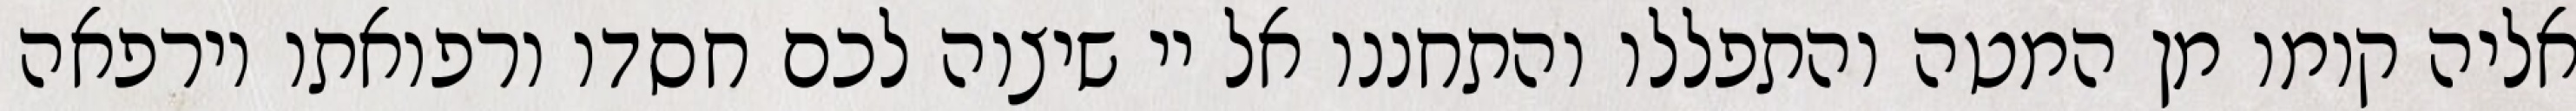
אליה קומו מן המטה והתפללו והתחננו אל יי שיצוה לכם חסדו ורפואתו וירפאה